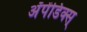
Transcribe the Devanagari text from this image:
अॅपेंडिक्स्